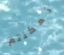
تمكنتم